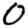
Digit: 0